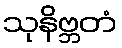
သုနိဗ္ဘတံ